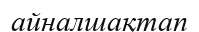
айналшақтап